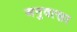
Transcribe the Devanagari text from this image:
अनुवत्सर